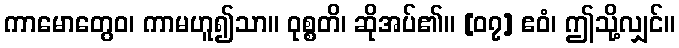
ကာမောတွေဝ၊ ကာမဟူ၍သာ။ ဝုစ္စတိ၊ ဆိုအပ်၏။ [၀၇] ဧဝံ၊ ဤသို့လျှင်။